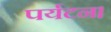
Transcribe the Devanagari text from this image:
पर्यटन।